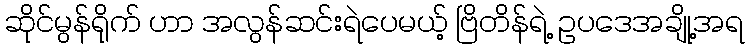
ဆိုင်မွန်ရိုက် ဟာ အလွန်ဆင်းရဲပေမယ့် ဗြိတိန်ရဲ့ ဥပဒေအချို့အရ